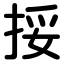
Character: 挼